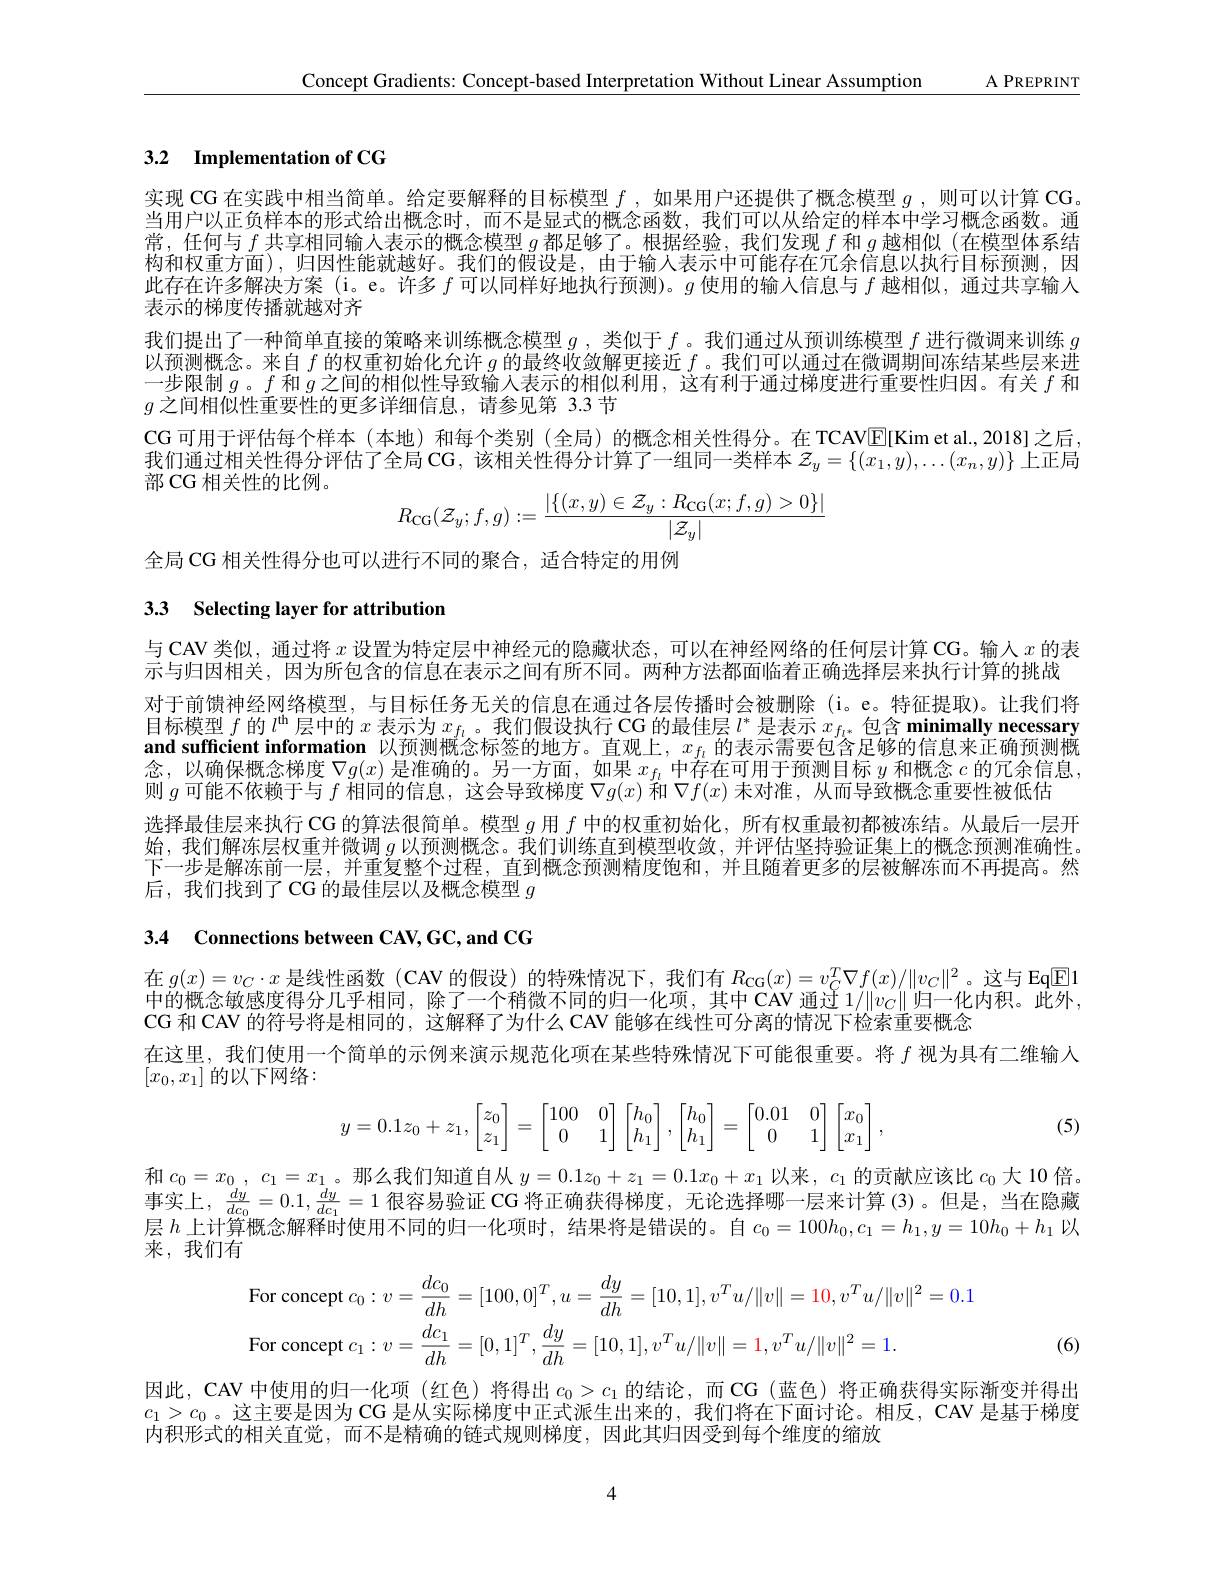
Concept Gradients: Concept-based Interpretation Without Linear Assumption A PREPRINT

# 3.2 Implementation of CG

实现 CG 在实践中相当简单。给定要解释的目标模型$f$ ,如果用户还提供了概念模型$g$ ,则可以计算 CG 当用户以正负样本的形式给出概念时，而不是显式的概念函数，我们可以从给定的样本中学习概念函数。通常，任何与$f$共享相同输人表示的概念模型$g$都足够了。根据经验，我们发现$f$和$g$越相似 (在模型体系结构和权重方面),归因性能就越好。我们的假设是，由于输入表示中可能存在冗余信息以执行目标预测，因此存在许多解决方案 (i。e。许多$f$可以同样好地执行预测)。$g$使用的输入信息与$f$越相似，通过共享输人表示的梯度传播就越对齐
我们提出了一种简单直接的策略来训练概念模型$g$ ,类似于$f$ 。我们通过从预训练模型$f$进行微调来训练$g$ 以预测概念。来自$f$的权重初始化允许$g$的最终收敛解更接近$f$ 。我们可以通过在微调期间冻结某些层来进一步限制$g$。$f$和$\bar{g}$ 之 间 的 相 似 性 导 致 输 入 表 示 的 相 似 利 用 , 这 有 利 于 通 过 梯 度 进 行 重 要 性 归 因 。有 关 $f$和$g$之间相似性重要性的更多详细信息，请参见第 3.3 节
CG 可用于评估每个样本 (本地)和每个类别 (全局)的概念相关性得分。在 TCAVE[Kimet al.,2018]之后， 我们通过相关性得分评估了全局 CG, 该相关性得分计算了一组同一类样本$\mathcal{Z}_y=\{(x_1,y),\ldots(x_n,y)\}$上正局部 CG 相关性的比例。
$$R_{\mathrm{CG}}(\mathcal{Z}_y;f,g):=\frac{|\{(x,y)\in\mathcal{Z}_y:R_{\mathrm{CG}}(x;f,g)>0\}|}{|\mathcal{Z}_y|}$$
全局 CG 相关性得分也可以进行不同的聚合，适合特定的用例

# 3.3 Selecting layer for attribution

与 CAV 类似，通过将$x$设置为特定层中神经元的隐藏状态，可以在神经网络的任何层计算 CG。输人$x$的表
示与归因相关，因为所包含的信息在表示之间有所不同。两种方法都面临着正确选择层来执行计算的挑战
对于前馈神经网络模型，与目标任务无关的信息在通过各层传播时会被删除 (i。e。特征提取)。让我们将目标模型$f$的$l^\mathrm{th}$层中的$x$表示为$x_f_i$。我们假设执行 CG 的最佳层$l^*$是表示$x_f_{i^*}$包含 minimally necessary and sufficient information 以预测概念标签的地方。直观上，$x_f_l$的表示需要包含足够的信息来正确预测概念，以确保概念梯度$\nabla g(x)$是准确的。另一方面，如果$x_f_i$中存在可用于预测目标$y$和概念$c$的冗余信息， 则$g$可能不依赖于与$f$相同的信息，这会导致梯度$\nabla g(x)$和$\nabla f(x)$未对准，从而导致概念重要性被低估
选择最佳层来执行 CG 的算法很简单。模型$g$用$f$中的权重初始化，所有权重最初都被冻结。从最后一层开始，我们解冻层权重并微调$g$以预测概念。我们训练直到模型收敛，并评估坚持验证集上的概念预测准确性。下一步是解冻前一层，并重复整个过程，直到概念预测精度饱和，并且随着更多的层被解冻而不再提高。然后，我们找到了 CG 的最佳层以及概念模型$g$

3.4 Connections between CAV,GC, and CG

在$g(x)=v_C\cdot x$是线性函数 (CAV 的假设) 的特殊情况下，我们有$R_\mathrm{CG}(x)=v_C^T\nabla f(x)/\|v_C\|^2$。这与 Eq$\overline{\mathbb{E}}$1中的概念敏感度得分几乎相同，除了一个稍微不同的归一化项，其中CAV通过1/$\| v_C\|$ 归 一 化 内 积 。此 外 , CG 和 CAV 的符号将是相同的，这解释了为什么 CAV 能够在线性可分离的情况下检索重要概念
在这里，我们使用一个简单的示例来演示规范化项在某些特殊情况下可能很重要。将$f$视为具有二维输人
$[x_0,\overline{x_1]}$的以下网络：
$$y=0.1z_0+z_1,\begin{bmatrix}z_0\\z_1\end{bmatrix}=\begin{bmatrix}100&0\\0&1\end{bmatrix}\begin{bmatrix}h_0\\h_1\end{bmatrix},\begin{bmatrix}h_0\\h_1\end{bmatrix}=\begin{bmatrix}0.01&0\\0&1\end{bmatrix}\begin{bmatrix}x_0\\x_1\end{bmatrix},$$
(5)

和$c_0= x_0$, $c_1= x_1$。那么我们知道自从$y=0.1z_0+z_1=0.1x_0+x_1$以来，$c_1$的贡献应该比$c_0$大 10 倍。事实上，$\frac{dy}{dc_0}=0.1,\frac{dy}{dc_1}=1$很容易验证 CG 将正确获得梯度，无论选择哪一层来计算 (3)。但是，当在隐藏层$h$上计算概念解释时使用不同的归一化项时，结果将是错误的。自$c_0=100h_0,c_1=h_1,y=10h_0+h_1$以来，我们有
$$\mathrm{For~concept~}c_{0}:v=\frac{dc_{0}}{dh}=[100,0]^{T},u=\frac{dy}{dh}=[10,1],v^{T}u/\|v\|=10,v^{T}u/\|v\|^{2}=0\\\mathrm{For~concept~}c_{1}:v=\frac{dc_{1}}{dh}=[0,1]^{T},\frac{dy}{dh}=[10,1],v^{T}u/\|v\|=1,v^{T}u/\|v\|^{2}=1.$$
(6)

因此，CAV 中使用的归一化项 (红色) 将得出$c_0>c_1$的结论，而 CG (蓝色) 将正确获得实际渐变并得出$c_1>c_0$。这主要是因为 CG 是从实际梯度中正式派生出来的，我们将在下面讨论。相反，CAV 是基于梯度内积形式的相关直觉，而不是精确的链式规则梯度，因此其归因受到每个维度的缩放

4